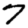
Digit: 7